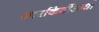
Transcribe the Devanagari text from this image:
कारकिर्दीआधी